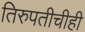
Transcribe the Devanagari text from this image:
तिरुपतीचीही